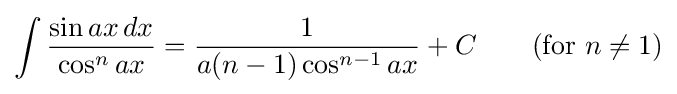
\int {\frac {\sin ax\,dx}{\cos ^{n}ax}}={\frac {1}{a(n-1)\cos ^{n-1}ax}}+C\qquad {\mbox{(for }}n\neq 1{\mbox{)}}